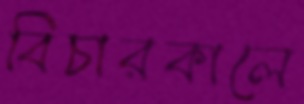
বিচারকালে